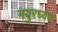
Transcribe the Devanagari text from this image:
मयुरध्वज